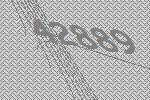
42889